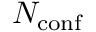
N _ { \mathrm { c o n f } }